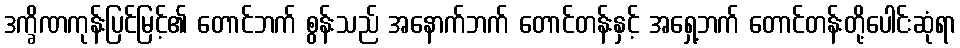
ဒက္ခိဏကုန်းပြင်မြင့်၏ တောင်ဘက် စွန်းသည် အနောက်ဘက် တောင်တန်းနှင့် အရှေ့ဘက် တောင်တန်းတို့ပေါင်းဆုံရာ